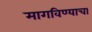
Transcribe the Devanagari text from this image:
मागविण्याचा